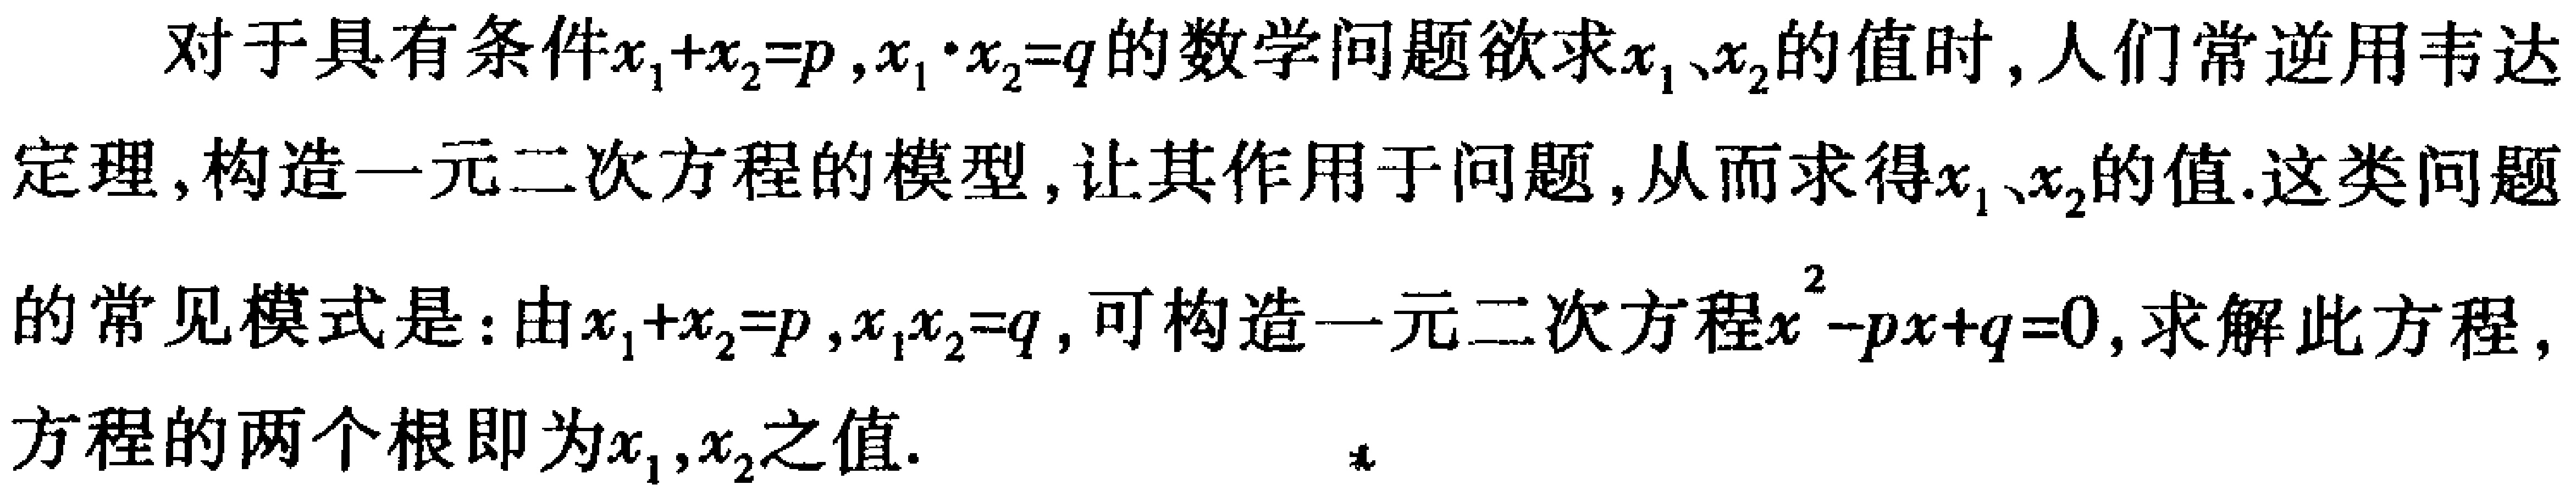
对于具有条件\(x_1 + x_2 = p\)，\(x_1\cdot x_2 = q\)的数学问题欲求\(x_1\)、\(x_2\)的值时，人们常逆用韦达定理，构造一元二次方程的模型，让其作用于问题，从而求得\(x_1\)、\(x_2\)的值.这类问题的常见模式是：由\(x_1 + x_2 = p\)，\(x_1x_2 = q\)，可构造一元二次方程\(x^{2}-px + q = 0\)，求解此方程，方程的两个根即为\(x_1\)，\(x_2\)之值.